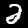
Digit: 2